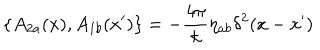
\{ A _ { 2 a } ( x ) , A _ { 1 b } ( x ^ { \prime } ) \} = - \frac { 4 \pi } { k } \eta _ { a b } \delta ^ { 2 } ( x - x ^ { \prime } )